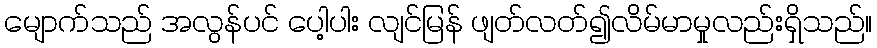
မျောက်သည် အလွန်ပင် ပေါ့ပါး လျင်မြန် ဖျတ်လတ်၍လိမ်မာမှုလည်းရှိသည်။